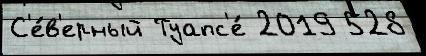
С'е́в'ерный Туапс'е́ 2019 528